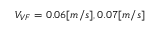
V _ { V F } = 0 . 0 6 [ m / s ] , 0 . 0 7 [ m / s ]